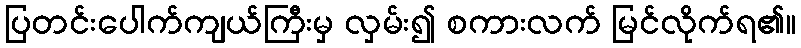
ပြတင်းပေါက်ကျယ်ကြီးမှ လှမ်း၍ စကားလက် မြင်လိုက်ရ၏။